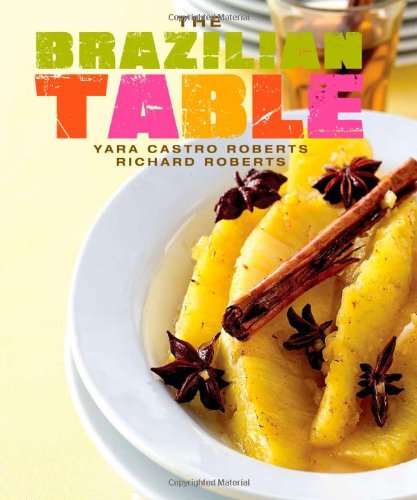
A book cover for The Brazilian Table; Yara Roberts; Cookbooks, Food & Wine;